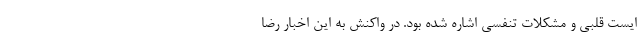
ایست قلبی و مشکلات تنفسی اشاره شده بود. در واکنش به این اخبار رضا